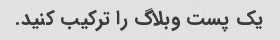
یک پست وبلاگ را ترکیب کنید.